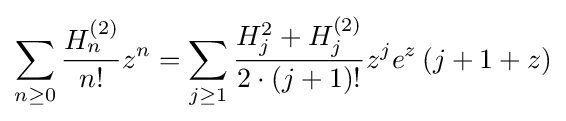
\sum _{n\geq 0}{\frac {H_{n}^{(2)}}{n!}}z^{n}=\sum _{j\geq 1}{\frac {H_{j}^{2}+H_{j}^{(2)}}{2\cdot (j+1)!}}z^{j}e^{z}\left(j+1+z\right)